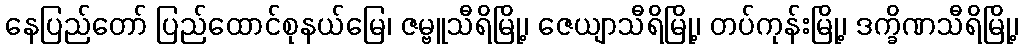
နေပြည်တော် ပြည်ထောင်စုနယ်မြေ၊ ဇမ္ဗူသီရိမြို့၊ ဇေယျာသီရိမြို့၊ တပ်ကုန်းမြို့၊ ဒက္ခိဏသီရိမြို့၊